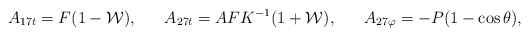
\begin{align*}A_{17t} = F (1 - {\cal W}), \ \ \ \ \ A_{27t} = A F K^{-1} (1 + {\cal W}), \ \ \ \ \ A_{27 \varphi} = -P (1 - \cos \theta),\end{align*}